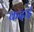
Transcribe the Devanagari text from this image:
कदाई